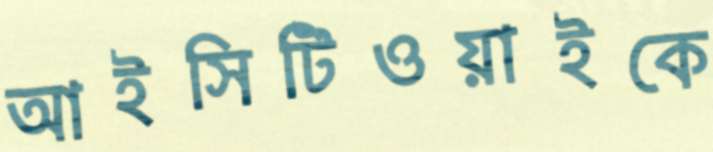
আইসিটিওয়াইকে